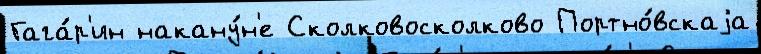
Гага́р'ин накану́н'е Сколковосколково Портно́вскаjа